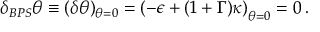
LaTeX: \delta _ { B P S } \theta \equiv ( \delta \theta ) _ { \theta = 0 } = \left( - \epsilon + ( 1 + \Gamma ) \kappa \right) _ { \theta = 0 } = 0 \, .